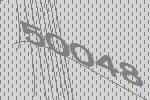
50048